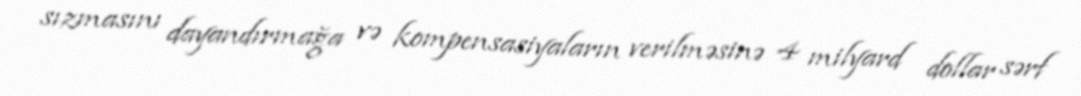
sızmasını dayandırmağa və kompensasiyaların verilməsinə 4 milyard dollar sərf